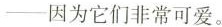
--因为它们非常可爱。